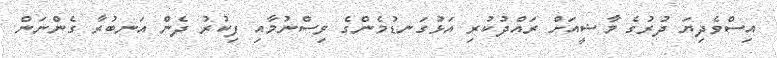
އިސްވެދިޔަ ދުރުގެ މާޟީއަށް ރައްދުކުރި އަޅުގަނޑުމެންގެ ވިސްނުމާއި ފިކުރު ދެން އަނބުރާ ގެންނަން